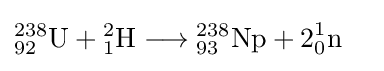
{\begin{aligned}{{\mathrm {^{238}_{92}U} }{}+{}{\mathrm {^{2}_{1}H} }{}\mathrel {\longrightarrow } {}}&{{\mathrm {^{238}_{93}Np} }{}+{}2{\vphantom {A}}_{\smash[{t}]{0}}^{1}\mathrm {n} }\end{aligned}}